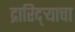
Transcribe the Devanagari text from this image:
द्रारिद्‌र्‍याचा